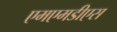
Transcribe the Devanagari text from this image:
एमएमडीएस